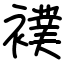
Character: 襆